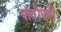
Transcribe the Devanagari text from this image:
पोत्तीपती